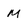
Character: M